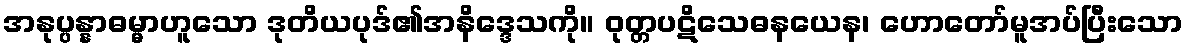
အနုပ္ပန္နာဓမ္မာဟူသော ဒုတိယပုဒ်၏အနိဒ္ဒေသကို။ ဝုတ္တပဋိသေဓနယေန၊ ဟောတော်မူအပ်ပြီးသော